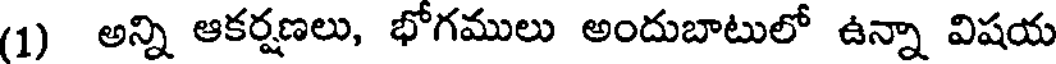
(1) అన్ని ఆకర్షణలు, భోగములు అందుబాటులో ఉన్నా విషయ